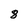
Character: 8